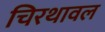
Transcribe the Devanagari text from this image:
चिरथावल